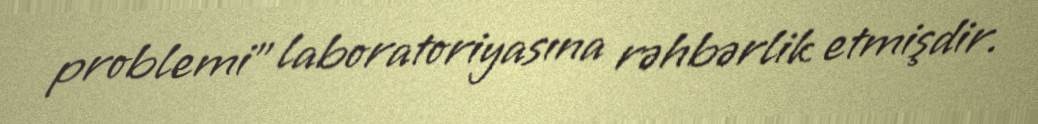
problemi" laboratoriyasına rəhbərlik etmişdir.